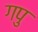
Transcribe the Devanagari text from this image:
गपु